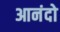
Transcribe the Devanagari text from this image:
आनंदो